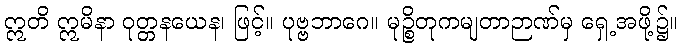
ဣတိ ဣမိနာ ဝုတ္တနယေန၊ ဖြင့်။ ပုဗ္ဗဘာဂေ။ မုဉ္စိတုကမျတာဉာဏ်မှ ရှေ့အဖို့၌။